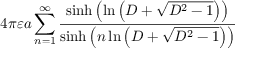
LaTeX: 4 \pi \varepsilon a \sum _ { n = 1 } ^ { \infty } { \frac { \sinh \left( \ln \left( D + { \sqrt { D ^ { 2 } - 1 } } \right) \right) } { \sinh \left( n \ln \left( D + { \sqrt { D ^ { 2 } - 1 } } \right) \right) } }